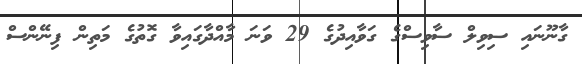
ގާނޫނައި ސިވިލް ސާވިސްގެ ގަވާއިދުގެ 29 ވަނަ މާއްދާގައިވާ ގޮތުގެ މަތިން ފިނޭންސް